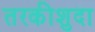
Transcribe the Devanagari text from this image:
तरकीशुदा